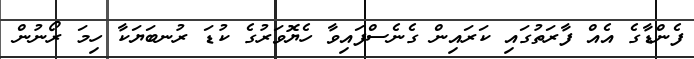
ފެންޑާގެ އެއް ފާރަތުގައި ކަރައިން ގެނެސްފައިވާ ހެޔޮވަރުގެ ކުޑަ ރުނބަޔަކާ ހިމަ ރޯނުން